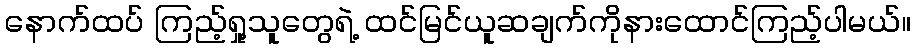
နောက်ထပ် ကြည့်ရှု့သူတွေရဲ့ ထင်မြင်ယူဆချက်ကိုနားထောင်ကြည့်ပါမယ်။